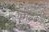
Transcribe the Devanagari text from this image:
परीक्षकही